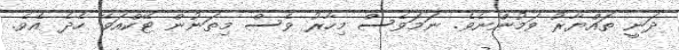
ދަނީ ތައްޔާރު ވަމުންނެވެ. ނަމަވެސް މިހާރު ވެސް މިތަނުން ޓޭކްއަވޭ ހެދެ އެވެ.